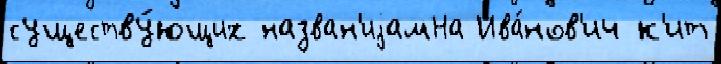
существу́ющих назван'иjамНа Ива́нов'ич к'ит